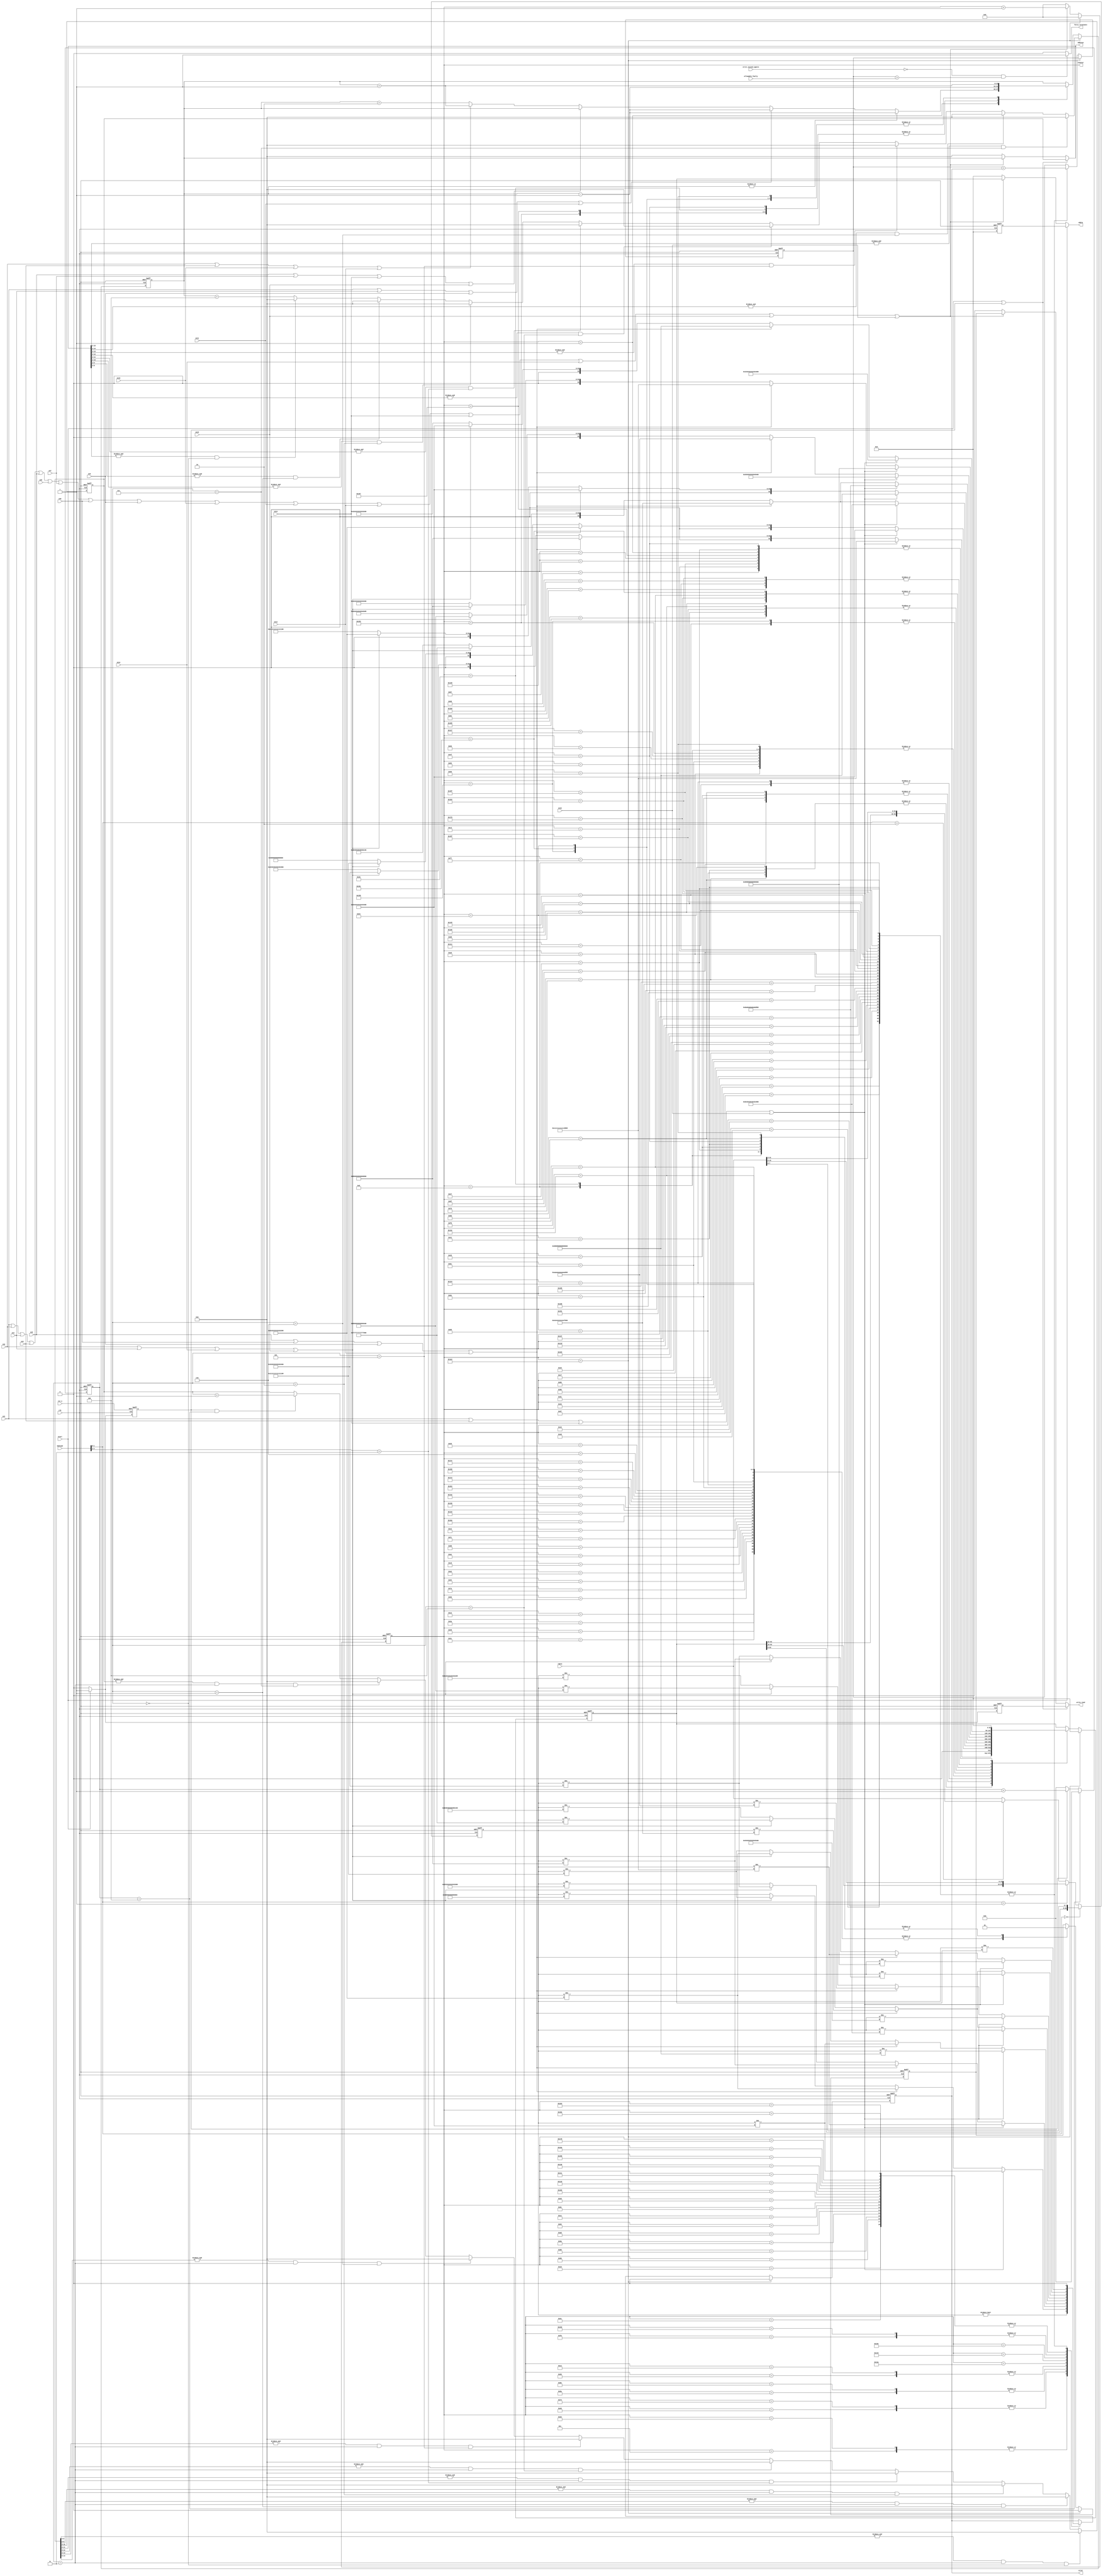
//`timescale 1ns/1ps
module apnpsf_datapath (clk,
                        rst_n,
                        start,
                        en1,
                        en2,
                        en3,
                        en4,
                        en5,
                        en6,
                        en7,
                        en8,
                        en9,
                        en10,
                        en11,
                        en12,
                        en13,
                        en14,
                        en15,
                        en16,
                        error_exceed_ignore,
                        allowable_faulty, 
                        address,				
                        write_read,
                        wdata,
                        rdata,
                        counter,
                        error,
                        force_terminate,
                        memtype);
// DEFINE PARAMETER 
parameter DATA_WIDTH = 64;

parameter ADDR_WIDTH_000= 9;
parameter ADDR_WIDTH_001= 10;
parameter ADDR_WIDTH_010= 11;
parameter ADDR_WIDTH_011= 12;
parameter ADDR_WIDTH_100= 13;
parameter ADDR_WIDTH_101= 14;
parameter ADDR_WIDTH_110= 15;
parameter ADDR_WIDTH = 16; // parameter ADDR_WDITH_111 = 16;

// DEFINE DATA
parameter DATA_0 = 64'h0000000000000000;
parameter DATA_1 = 64'hFFFFFFFFFFFFFFFF;

input clk,
      rst_n,
      start,
      en1,
      en2,
      en3,
      en4,
      en5,
      en6,
      en7,
      en8,
      en9,
      en10,
      en11,
      en12,
      en13,
      en14,
      en15,
      en16,
      error_exceed_ignore;
input [ADDR_WIDTH-1:0] allowable_faulty;
input [DATA_WIDTH-1:0] rdata;
input [4:0] memtype;

	  
output write_read;
output error;
output force_terminate;
output [ADDR_WIDTH-1:0] address;
output [DATA_WIDTH-1:0] wdata;
output [8:0] counter;

wire clk;
wire rst_n;
wire error_exceed_ignore;
wire write_read;
wire force_terminate;
wire start, en1, en2, en3, en4, en5, en6, en7, en8, en9, en10, en11, en12, en13, en14, en15, en16;
wire [ADDR_WIDTH-1:0] allowable_faulty;
wire [ADDR_WIDTH-1:0] address;                  			
wire [DATA_WIDTH-1:0] wdata;
wire [DATA_WIDTH-1:0] rdata;     
wire [4:0]memtype;


reg error,
    write_read_1,
    write_read_2,
    delay_start;
reg [8:0] counter;
reg [ADDR_WIDTH-1:0] address_1;
reg [ADDR_WIDTH-1:0] address_2;
reg [DATA_WIDTH-1:0] wdata_1;
reg [DATA_WIDTH-1:0] wdata_2;
reg [ADDR_WIDTH-1:0] error_counter;
reg [DATA_WIDTH-1:0] rdata_cp;

reg [7:0] counter_1;

// counter
always @(posedge clk or negedge rst_n) begin
    if (!rst_n) begin
        counter <= 0;
    end
    else if (counter == 9'h1A4) begin
        counter <= 0;
    end
    else if (en1 | en2 | en3 | en4 | en5 | en6 | en7 | en8 | en9 | en10 | en11 | en12 | en13 | en14 | en15 | en16) begin
        counter <= counter + 1;
    end
    else begin
        counter <= 0;
    end
end
//counter_1
always @(posedge clk or negedge rst_n) begin
    if (!rst_n) begin
        counter_1 <= 0;
    end
    else if (counter_1 ==4) begin
        counter_1 <= 0;
    end
    else if (delay_start) begin
        counter_1 <= counter_1 + 1;
    end
    else begin
        counter_1 <= 0;
    end
end
//-------------------------MEMORY PROCESSING---------------------------------
//---PROCESSING FOR EXPANDING DATA WIDTH---------
always @ (posedge clk or negedge rst_n) begin
    if (!rst_n) begin
        rdata_cp <= 0;
    end
    else begin
        if (memtype[1:0] == 2'b00) begin
            rdata_cp <= {wdata_2[DATA_WIDTH-1:8],rdata[7:0]};
        end
        else if (memtype[1:0]== 2'b01) begin
            rdata_cp <= {wdata_2[DATA_WIDTH-1:16],rdata[15:0]};
        end
        else if (memtype[1:0] == 2'b10) begin
            rdata_cp <= {wdata_2[DATA_WIDTH-1:32],rdata[31:0]};
        end
        else begin
            rdata_cp <= rdata;
        end
    end
end
//------------------------------------------------------------------------------

assign address = (start|delay_start) ? address_1 : (en1 | en2 | en3 | en4 | en5 | en6 | en7 | en8 | en9 | en10 | en11 | en12 | en13 | en14 | en15 | en16) ? address_2 : 16'h00;
assign wdata = (start) ? wdata_1 : (en1 | en2 | en3 | en4 | en5 | en6 | en7 | en8 | en9 | en10 | en11 | en12 | en13 | en14 | en15 | en16) ? wdata_2 : DATA_0;
assign write_read = (start|delay_start) ? write_read_1 : (en1 | en2 | en3 | en4 | en5 | en6 | en7 | en8 | en9 | en10 | en11 | en12 | en13 | en14 | en15 | en16) ? write_read_2 : 1'b0;

// delay_start
always @(posedge clk or negedge rst_n) begin
    if (!rst_n) begin
        delay_start <= 0;
    end
    else if (start) begin
        delay_start <= start;
    end
    else begin
        delay_start <= 0;
    end
end

// data_1
always @(posedge clk or negedge rst_n) begin
    if (!rst_n) begin
        wdata_1 <= 0;
        write_read_1 <= 0;
    end
    else if (start) begin
        write_read_1 <= 1;
        wdata_1 <= 0;
    end
    else begin
        wdata_1 <= 0;
        write_read_1 <= 0;
    end
end

// address_1
always @(posedge clk or negedge rst_n) begin
    if (!rst_n) begin
        address_1 <= 0;
    end
    else if ((&address_1[ADDR_WIDTH_000-1:0]) & (counter_1 == 3) & (memtype[4:2] == 3'b000) ) begin
        address_1 <= 0;
    end
    else if ((&address_1[ADDR_WIDTH_001-1:0]) & (counter_1 == 3) & (memtype[4:2] == 3'b001) ) begin
        address_1 <= 0;
    end
    else if ((&address_1[ADDR_WIDTH_010-1:0]) & (counter_1 == 3) & (memtype[4:2] == 3'b010) ) begin
        address_1 <= 0;
    end
    else if ((&address_1[ADDR_WIDTH_011-1:0]) & (counter_1 == 3) & (memtype[4:2] == 3'b011) ) begin
        address_1 <= 0;
    end
    else if ((&address_1[ADDR_WIDTH_100-1:0]) & (counter_1 == 3) & (memtype[4:2] == 3'b100) ) begin
        address_1 <= 0;
    end
    else if ((&address_1[ADDR_WIDTH_101-1:0]) & (counter_1 == 3) & (memtype[4:2] == 3'b101) ) begin
        address_1 <= 0;
    end
    else if ((&address_1[ADDR_WIDTH_110-1:0]) & (counter_1 == 3) & (memtype[4:2] == 3'b110) ) begin
        address_1 <= 0;
    end
    else if ((&address_1[ADDR_WIDTH-1:0]) & (counter_1 == 3) & (memtype[4:2] == 3'b111) ) begin
        address_1 <= 0;
    end
    else if (delay_start & (counter_1 == 4)) begin
        address_1 <= address_1 + 1;
    end
    else begin
        address_1 <= address_1;
    end
end

// data_2 &  address_2     
always @(posedge clk or negedge rst_n) begin
    if (!rst_n) begin
        address_2 <= 0;
        wdata_2 <= 0;
        write_read_2 <= 0;
        error <= 0;
        error_counter <= 0;
    end
    else if (counter == 9'h1A4) begin
        wdata_2 <= 0;
        write_read_2 <= 0;
        error <= 0; 
        if (&address[ADDR_WIDTH-1:2] & (memtype[4:2] == 3'b111)) begin
            address_2 <= 0;
        end
        else if (&address[ADDR_WIDTH_110-1:2] & (memtype[4:2] == 3'b110)) begin
            address_2 <= 0;
        end 
        else if (&address[ADDR_WIDTH_101-1:2] & (memtype[4:2] == 3'b101)) begin
            address_2 <= 0;
        end 
        else if (&address[ADDR_WIDTH_100-1:2] & (memtype[4:2] == 3'b100)) begin
            address_2 <= 0;
        end 
        else if (&address[ADDR_WIDTH_011-1:2] & (memtype[4:2] == 3'b011)) begin
            address_2 <= 0;
        end 
        else if (&address[ADDR_WIDTH_010-1:2] & (memtype[4:2] == 3'b010)) begin
            address_2 <= 0;
        end 
        else if (&address[ADDR_WIDTH_001-1:2] & (memtype[4:2] == 3'b001)) begin
            address_2 <= 0;
        end 
        else if (&address[ADDR_WIDTH_000-1:2] & (memtype[4:2] == 3'b000)) begin
            address_2 <= 0;
        end 
        else begin   
            address_2 <= address_2 + 4;
        end
    end
    else begin
    case (counter)

//0000
    9'h001: begin // write data with address
        write_read_2 <= 1;
        wdata_2 <= DATA_0;
        if (~|address_2) begin
            if (en1 | en3 | en9 | en11) begin
                address_2 <= address_2 - 1;
            end
            else if (en5 | en7 | en13 | en15) begin
                address_2 <= address_2;
            end
            else if (en2 | en4 | en10 | en12) begin
                address_2 <= address_2 + 1;
            end
            else begin
                address_2 <= address_2 + 2;
            end
        end
        else begin
            address_2 <= address_2 - 1;
        end
    end
    9'h006: begin //read data with address
        address_2 <= address_2 + 1;
        write_read_2 <= 0;
    end
    9'h00C: begin //compare
        error <= (rdata_cp !=  DATA_0);
    end

    9'h00D: begin // write data
        error_counter <= error_counter + error;
        error <= 0;
        write_read_2 <= 1;
        if (en1 | en4 | en13 | en16) begin
            wdata_2 <= 64'h8888888888888888;
        end
        else if (en5 | en8 | en9 | en12) begin
            wdata_2 <= 64'h4444444444444444;
        end
        else if (en2 | en3 | en14 | en15) begin
            wdata_2 <= 64'h2222222222222222;
        end
        else begin
            wdata_2 <= 64'h1111111111111111;
        end
    end

    9'h012: begin // read data
        write_read_2 <= 0;
    end

    9'h018: begin // compare
        error <= (rdata_cp != wdata_2);
    end

    9'h019: begin
        error_counter <= error_counter + error;
		    error <= 0;
    end

//0001
    9'h01B: begin
        write_read_2 <= 1;
        address_2 <= address_2 - 1;
        if (en1 | en4 | en13 | en16) begin
            wdata_2 <= 64'h8888888888888888;
        end
        else if (en5 | en8 | en9 | en12) begin
            wdata_2 <= 64'h4444444444444444;
        end
        else if (en2 | en3 | en14 | en15) begin
            wdata_2 <= 64'h2222222222222222;
        end
        else begin
            wdata_2 <= 64'h1111111111111111;
        end
    end

    9'h020: begin
        address_2 <= address_2 + 1;
        write_read_2 <= 0;
    end

    9'h026: begin
        if (en1 | en4 | en13 | en16) begin
            error <= (rdata_cp != 64'h8888888888888888);
        end
        else if (en5 | en8 | en9 | en12) begin
            error <= (rdata_cp != 64'h4444444444444444);
        end
        else if (en2 | en3 | en14 | en15) begin
            error <= (rdata_cp != 64'h2222222222222222);
        end
        else begin
            error <= (rdata_cp != 64'h1111111111111111);
        end
    end

    9'h027: begin 
        error_counter <= error_counter + error;
        error <= 0;
        write_read_2 <= 1;
        wdata_2 <= DATA_0;
    end

    9'h02C: begin
        write_read_2 <= 0;
    end

    9'h032: begin
        error <= (rdata_cp != DATA_0);
    end

    9'h033: begin
        error_counter <= error_counter + error;
        error <= 0;
    end      

//0011
    9'h035: begin
        write_read_2 <= 1;
        if (en1 | en4 | en13 | en16) begin
            wdata_2 <= 64'h4444444444444444;
        end
        else if (en5 | en8 | en9 | en12) begin
            wdata_2 <= 64'h2222222222222222;
        end
        else if (en2 | en3 | en14 | en15) begin
            wdata_2 <= 64'h1111111111111111;
        end
        else begin
            wdata_2 <= 64'h0808080808080808;
        end
    end

    9'h03A: begin
        write_read_2 <= 0;
    end

    9'h040: begin
        if (en1 | en4 | en13 | en16) begin
            error <= (rdata_cp != 64'h4444444444444444);
        end
        else if (en5 | en8 | en9 | en12) begin
            error <= (rdata_cp != 64'h2222222222222222);
        end
        else if (en2 | en3 | en14 | en15) begin
            error <= (rdata_cp != 64'h1111111111111111);
        end
        else begin
            error <= (rdata_cp != 64'h0808080808080808);
        end
    end

    9'h041: begin 
        error_counter <= error_counter + error;
        error <= 0;
        write_read_2 <= 1;
        if (en1 | en4 | en13 | en16) begin
            wdata_2 <= 64'hCCCCCCCCCCCCCCCC;
        end
        else if (en5 | en8 | en9 | en12) begin
            wdata_2 <= 64'h6666666666666666;
        end
        else if (en2 | en3 | en14 | en15) begin
            wdata_2 <= 64'h3333333333333333;
        end
        else begin
            wdata_2 <= 64'h1818181818181818;
        end
    end

    9'h046: begin
        write_read_2 <= 0;
    end

    9'h04C: begin
        error <= (rdata_cp != wdata_2);
    end

    9'h04D: begin
        error_counter <= error_counter + error;
        error <= 0;
    end

//0010
    9'h04F: begin // write
        write_read_2 <= 1;
        address_2 <= address_2 - 1;
        wdata_2 <= DATA_0;
    end

    9'h054: begin //read
        write_read_2 <= 0;
        address_2 <= address_2 + 1;

        if (en1 | en4 | en13 | en16) begin
            wdata_2 <= 64'hCCCCCCCCCCCCCCCC;
        end
        else if (en5 | en8 | en9 | en12) begin
            wdata_2 <= 64'h6666666666666666;
        end
        else if (en2 | en3 | en14 | en15) begin
            wdata_2 <= (64'h3333333333333333);
        end
        else begin
            wdata_2 <= (64'h1818181818181818);
        end

    end

    9'h05A: begin // compare
        if (en1 | en4 | en13 | en16) begin
            error <= (rdata_cp != 64'hCCCCCCCCCCCCCCCC);
        end
        else if (en5 | en8 | en9 | en12) begin
            error <= (rdata_cp != 64'h6666666666666666);
        end
        else if (en2 | en3 | en14 | en15) begin
            error <= (rdata_cp != 64'h3333333333333333);
        end
        else begin
            error <= (rdata_cp != 64'h1818181818181818);
        end
    end

    9'h05B: begin // write
        error_counter <= error_counter + error;
        error <= 0;
        write_read_2 <= 1;
        if (en1 | en4 | en13 | en16) begin
            wdata_2 <= 64'h4444444444444444;
        end
        else if (en5 | en8 | en9 | en12) begin
            wdata_2 <= 64'h2222222222222222;
        end
        else if (en2 | en3 | en14 | en15) begin
            wdata_2 <= 64'h1111111111111111;
        end
        else begin
            wdata_2 <= 64'h0808080808080808;
        end
    end 

    9'h060: begin // read
        write_read_2 <= 0;
    end

    9'h066: begin // compare
        error <= (rdata_cp != wdata_2);
    end

    9'h067: begin
        error_counter <= error_counter + error;
        error <= 0;
    end

//0110
    9'h069: begin // write
        write_read_2 <= 1;
        address_2 <= address_2 + 1;
        if (en1 | en4 | en13 | en16) begin
            wdata_2 <= 64'h8888888888888888;
        end
        else if (en5 | en8 | en9 | en12) begin
            wdata_2 <= 64'h4444444444444444;
        end
        else if (en2 | en3 | en14 | en15) begin
            wdata_2 <= 64'h2222222222222222;
        end
        else begin
            wdata_2 <= 64'h1111111111111111;
        end
    end

    9'h06E: begin // read
        write_read_2 <= 0;
        address_2 <= address_2 - 1;

        if (en1 | en4 | en13 | en16) begin
            wdata_2 <= (64'h4444444444444444);
        end
        else if (en5 | en8 | en9 | en12) begin
            wdata_2 <= (64'h2222222222222222);
        end
        else if (en2 | en3 | en14 | en15) begin
            wdata_2 <= (64'h1111111111111111);
        end
        else begin
            wdata_2 <= (64'h0808080808080808);
        end


    end

    9'h074: begin // compare
        if (en1 | en4 | en13 | en16) begin
            error <= (rdata_cp != 64'h4444444444444444);
        end
        else if (en5 | en8 | en9 | en12) begin
            error <= (rdata_cp != 64'h2222222222222222);
        end
        else if (en2 | en3 | en14 | en15) begin
            error <= (rdata_cp != 64'h1111111111111111);
        end
        else begin
            error <= (rdata_cp != 64'h0808080808080808);
        end
    end

    9'h075: begin // write
        error_counter <= error_counter + error;
        error <= 0;
        write_read_2 <= 1;
        if (en1 | en4 | en13 | en16) begin
            wdata_2 <= 64'hCCCCCCCCCCCCCCCC;
        end
        else if (en5 | en8 | en9 | en12) begin
            wdata_2 <= 64'h6666666666666666;
        end
        else if (en2 | en3 | en14 | en15) begin
            wdata_2 <= 64'h3333333333333333;
        end
        else begin
            wdata_2 <= 64'h1818181818181818;
        end
    end

    9'h07A: begin // read
        write_read_2 <= 0;
    end

    9'h080: begin // compare
        error <= (rdata_cp != wdata_2);
    end

    9'h081: begin
        error_counter <= error_counter + error;
        error <= 0;
    end

//0111
    9'h083: begin // write
        write_read_2 <= 1;
        address_2 <= address_2 - 1;
        if (en1 | en4 | en13 | en16) begin
            wdata_2 <= 64'h8888888888888888;
        end
        else if (en5 | en8 | en9 | en12) begin
            wdata_2 <= 64'h4444444444444444;
        end
        else if (en2 | en3 | en14 | en15) begin
            wdata_2 <= 64'h2222222222222222;
        end
        else begin
            wdata_2 <= 64'h1111111111111111;
        end
    end

    9'h088: begin // read
        write_read_2 <= 0;
        address_2 <= address_2 + 1; 
   
        if (en1 | en4 | en13 | en16) begin
            wdata_2 <= (64'hCCCCCCCCCCCCCCCC);
        end
        else if (en5 | en8 | en9 | en12) begin
            wdata_2 <= (64'h6666666666666666);
        end
        else if (en2 | en3 | en14 | en15) begin
            wdata_2 <= (64'h3333333333333333);
        end
        else begin
            wdata_2 <= (64'h1818181818181818);
        end
 
    end

    9'h08E: begin // compare
        if (en1 | en4 | en13 | en16) begin
            error <= (rdata_cp != 64'hCCCCCCCCCCCCCCCC);
        end
        else if (en5 | en8 | en9 | en12) begin
            error <= (rdata_cp != 64'h6666666666666666);
        end
        else if (en2 | en3 | en14 | en15) begin
            error <= (rdata_cp != 64'h3333333333333333);
        end
        else begin
            error <= (rdata_cp != 64'h1818181818181818);
        end
    end

    9'h08F: begin //  write
        error_counter <= error_counter + error;
        error <= 0;
        write_read_2 <= 1;
        if (en1 | en4 | en13 | en16) begin
            wdata_2 <= 64'h4444444444444444;
        end
        else if (en5 | en8 | en9 | en12) begin
            wdata_2 <= 64'h2222222222222222;
        end
        else if (en2 | en3 | en14 | en15) begin
            wdata_2 <= 64'h1111111111111111;
        end
        else begin
            wdata_2 <= 64'h0808080808080808;
        end	
    end 

    9'h094: begin
        write_read_2 <= 0;
    end

    9'h09A: begin
        error <= (rdata_cp != wdata_2);
    end

    9'h09B: begin
        error_counter <= error_counter + error;
        error <= 0;
    end

//0101
    9'h09D: begin
        write_read_2 <= 1;
        wdata_2 <= DATA_0;
    end

    9'h0A2: begin
        write_read_2 <= 0;
    end

    9'h0A8: begin
        error <= (rdata_cp != wdata_2);
    end

    9'h0A9: begin 
        error_counter <= error_counter + error;
        error <= 0;
        write_read_2 <= 1;
        if (en1 | en4 | en13 | en16) begin
            wdata_2 <= 64'h8888888888888888;
        end
        else if (en5 | en8 | en9 | en12) begin
            wdata_2 <= 64'h4444444444444444;
        end
        else if (en2 | en3 | en14 | en15) begin
            wdata_2 <= 64'h2222222222222222;
        end
        else begin
            wdata_2 <= 64'h1111111111111111;
        end
    end

    9'h0AE: begin
        write_read_2 <= 0;
    end

    9'h0B4: begin
        error <= (rdata_cp != wdata_2);
    end

    9'h0B5: begin
        error_counter <= error_counter + error;
        error <= 0;
    end

//0100
    9'h0B7: begin
        write_read_2 <= 1;
        address_2 <= address_2 - 1;
        wdata_2 <= DATA_0;
    end

    9'h0BC: begin
        write_read_2 <= 0;
        address_2 <= address_2 + 1;
    
        if (en1 | en4 | en13 | en16) begin
            wdata_2 <= ( 64'h8888888888888888);
        end
        else if (en5 | en8 | en9 | en12) begin
            wdata_2 <= ( 64'h4444444444444444);
        end
        else if (en2 | en3 | en14 | en15) begin
            wdata_2 <= ( 64'h2222222222222222);
        end
        else begin
            wdata_2 <= ( 64'h1111111111111111);
        end

    end

    9'h0C2: begin
        if (en1 | en4 | en13 | en16) begin
            error <= (rdata_cp != 64'h8888888888888888);
        end
        else if (en5 | en8 | en9 | en12) begin
            error <= (rdata_cp != 64'h4444444444444444);
        end
        else if (en2 | en3 | en14 | en15) begin
            error <= (rdata_cp != 64'h2222222222222222);
        end
        else begin
            error <= (rdata_cp != 64'h1111111111111111);
        end
    end

    9'h0C3: begin 
        error_counter <= error_counter + error;
        error <= 0;
        write_read_2 <= 1;
        wdata_2 <= DATA_0;
    end

    9'h0C8: begin
        write_read_2 <= 0;
    end

    9'h0CE: begin
        error <= (rdata_cp != wdata_2);
    end

    9'h0CF: begin
        error_counter <= error_counter + error;
        error <= 0;
    end

//1100
    9'h0D1: begin
        write_read_2 <= 1;
        if (en1 | en4 | en13 | en16) begin
            wdata_2 <= 64'h1010101010101010;
        end
        else if (en5 | en8 | en9 | en12) begin
            wdata_2 <= 64'h8888888888888888;
        end
        else if (en2 | en3 | en14 | en15) begin
            wdata_2 <= 64'h4444444444444444;
        end
        else begin
            wdata_2 <= 64'h2222222222222222;
        end
    end

    9'h0D6: begin
        write_read_2 <= 0;
    end

    9'h0DC: begin
        error <= (rdata_cp != wdata_2);    
    end

    9'h0DD: begin
        error_counter <= error_counter + error;
        error <= 0;
        write_read_2 <= 1;
        if (en1 | en4 | en13 | en16) begin
            wdata_2 <= 64'h9898989898989898;
        end
        else if (en5 | en8 | en9 | en12) begin
            wdata_2 <= 64'hCCCCCCCCCCCCCCCC;
        end
        else if (en2 | en3 | en14 | en15) begin
            wdata_2 <= 64'h6666666666666666;
        end
        else begin
            wdata_2 <= 64'h3333333333333333;
        end
    end

    9'h0E2: begin
        write_read_2 <= 0;
    end

    9'h0E8: begin
        error <= (rdata_cp != wdata_2);
    end

    9'h0E9: begin
        error_counter <= error_counter + error;
        error <= 0;
    end

//1101
    9'h0EB: begin
        write_read_2 <= 1;
        address_2 <= address_2 - 1;
        if (en1 | en4 | en13 | en16) begin
            wdata_2 <= 64'h8888888888888888;
        end
        else if (en5 | en8 | en9 | en12) begin
            wdata_2 <= 64'h4444444444444444;
        end
        else if (en2 | en3 | en14 | en15) begin
            wdata_2 <= 64'h2222222222222222;
        end
        else begin
            wdata_2 <= 64'h1111111111111111;
        end
    end

    9'h0F0: begin
        write_read_2 <= 0;
        address_2 <= address_2 + 1;

        if (en1 | en4 | en13 | en16) begin
            wdata_2 <= ( 64'h9898989898989898);
        end
        else if (en5 | en8 | en9 | en12) begin
            wdata_2 <= ( 64'hCCCCCCCCCCCCCCCC);
        end
        else if (en2 | en3 | en14 | en15) begin
            wdata_2 <= ( 64'h6666666666666666);
        end
        else begin
            wdata_2 <= ( 64'h3333333333333333);
        end   

    end

    9'h0F6: begin
        if (en1 | en4 | en13 | en16) begin
            error <= (rdata_cp != 64'h9898989898989898);
        end
        else if (en5 | en8 | en9 | en12) begin
            error <= (rdata_cp != 64'hCCCCCCCCCCCCCCCC);
        end
        else if (en2 | en3 | en14 | en15) begin
            error <= (rdata_cp != 64'h6666666666666666);
        end
        else begin
            error <= (rdata_cp != 64'h3333333333333333);
        end   
    end

    9'h0F7: begin 
        error_counter <= error_counter + error;
        error <= 0;
        write_read_2 <= 1;
        if (en1 | en4 | en13 | en16) begin
            wdata_2 <= 64'h1010101010101010;
        end
        else if (en5 | en8 | en9 | en12) begin
            wdata_2 <= 64'h8888888888888888;
        end
        else if (en2 | en3 | en14 | en15) begin
            wdata_2 <= 64'h4444444444444444;
        end
        else begin
            wdata_2 <= 64'h2222222222222222;
        end
    end

    9'h0FC: begin
        write_read_2 <= 0;
    end

    9'h102: begin
        error <= (rdata_cp != wdata_2);
    end

    9'h103: begin
        error_counter <= error_counter + error;
        error <= 0;
    end

//1111
    9'h105: begin
        write_read_2 <= 1;
        if (en1 | en4 | en13 | en16) begin
            wdata_2 <= 64'h5454545454545454;
        end
        else if (en5 | en8 | en9 | en12) begin
            wdata_2 <= 64'hAAAAAAAAAAAAAAAA;
        end
        else if (en2 | en3 | en14 | en15) begin
            wdata_2 <= 64'h5555555555555555;
        end
        else begin
            wdata_2 <= 64'h2A2A2A2A2A2A2A2A;
        end
    end

    9'h10A: begin
        write_read_2 <= 0;
    end

    9'h110: begin
        error <= (rdata_cp != wdata_2);  
    end

    9'h111: begin 
        error_counter <= error_counter + error;
        error <= 0;
        write_read_2 <= 1;
        if (en1 | en4 | en13 | en16) begin
            wdata_2 <= 64'hDCDCDCDCDCDCDCDC;
        end
        else if (en5 | en8 | en9 | en12) begin
            wdata_2 <= 64'hEEEEEEEEEEEEEEEE;
        end
        else if (en2 | en3 | en14 | en15) begin
            wdata_2 <= 64'h7777777777777777;
        end
        else begin
            wdata_2 <= 64'h3B3B3B3B3B3B3B3B;
        end
    end

    9'h116: begin
        write_read_2 <= 0;
    end

    9'h11C: begin
        error <= (rdata_cp != wdata_2);
    end

    9'h11D: begin
        error_counter <= error_counter + error;
        error <= 0;
    end

//1110
    9'h11F: begin
        write_read_2 <= 1;
        address_2 <= address_2 - 1;
        if (en1 | en4 | en13 | en16) begin
            wdata_2 <= 64'h8888888888888888;
        end
        else if (en5 | en8 | en9 | en12) begin
            wdata_2 <= 64'h4444444444444444;
        end
        else if (en2 | en3 | en14 | en15) begin
            wdata_2 <= 64'h2222222222222222;
        end
        else begin
            wdata_2 <= 64'h1111111111111111;
        end
    end

    9'h124: begin
        write_read_2 <= 0;
        address_2 <= address_2 + 1;


        if (en1 | en4 | en13 | en16) begin
            wdata_2 <= ( 64'hDCDCDCDCDCDCDCDC);
        end
        else if (en5 | en8 | en9 | en12) begin
            wdata_2 <= ( 64'hEEEEEEEEEEEEEEEE);
        end
        else if (en2 | en3 | en14 | en15) begin
            wdata_2 <= ( 64'h7777777777777777);
        end
        else begin
            wdata_2 <= ( 64'h3B3B3B3B3B3B3B3B);
        end    

    end

    9'h12A: begin
        if (en1 | en4 | en13 | en16) begin
            error <= (rdata_cp != 64'hDCDCDCDCDCDCDCDC);
        end
        else if (en5 | en8 | en9 | en12) begin
            error <= (rdata_cp != 64'hEEEEEEEEEEEEEEEE);
        end
        else if (en2 | en3 | en14 | en15) begin
            error <= (rdata_cp != 64'h7777777777777777);
        end
        else begin
            error <= (rdata_cp != 64'h3B3B3B3B3B3B3B3B);
        end    
    end

    9'h12B: begin 
        error_counter <= error_counter + error;
        error <= 0;
        write_read_2 <= 1;
        if (en1 | en4 | en13 | en16) begin
            wdata_2 <= 64'h5454545454545454;
        end
        else if (en5 | en8 | en9 | en12) begin
            wdata_2 <= 64'hAAAAAAAAAAAAAAAA;
        end
        else if (en2 | en3 | en14 | en15) begin
            wdata_2 <= 64'h5555555555555555;
        end
        else begin
            wdata_2 <= 64'h2A2A2A2A2A2A2A2A;
        end
    end

    9'h130: begin
        write_read_2 <= 0;
    end

    9'h136: begin
        error <= (rdata_cp != wdata_2);
    end

    9'h137: begin
        error_counter <= error_counter + error;
        error <= 0;
    end

//1010
    9'h139: begin
        write_read_2 <= 1;
        address_2 <= address_2 + 1;
        wdata_2 <= DATA_0;
    end

    9'h13E: begin
        write_read_2 <= 0;
        address_2 <= address_2 - 1;

        if (en1 | en4 | en13 | en16) begin
            wdata_2 <= ( 64'h5454545454545454);
        end
        else if (en5 | en8 | en9 | en12) begin
            wdata_2 <= ( 64'hAAAAAAAAAAAAAAAA);
        end
        else if (en2 | en3 | en14 | en15) begin
            wdata_2 <= ( 64'h5555555555555555);
        end
        else begin
            wdata_2 <= ( 64'h2A2A2A2A2A2A2A2A);
        end    

    end

    9'h144: begin
        if (en1 | en4 | en13 | en16) begin
            error <= (rdata_cp != 64'h5454545454545454);
        end
        else if (en5 | en8 | en9 | en12) begin
            error <= (rdata_cp != 64'hAAAAAAAAAAAAAAAA);
        end
        else if (en2 | en3 | en14 | en15) begin
            error <= (rdata_cp != 64'h5555555555555555);
        end
        else begin
            error <= (rdata_cp != 64'h2A2A2A2A2A2A2A2A);
        end    
    end

    9'h145: begin 
        error_counter <= error_counter + error;
        error <= 0;
        write_read_2 <= 1;
        if (en1 | en4 | en13 | en16) begin
            wdata_2 <= 64'hDADADADADADADADA;
        end
        else if (en5 | en8 | en9 | en12) begin
            wdata_2 <= 64'hEEEEEEEEEEEEEEEE;
        end
        else if (en2 | en3 | en14 | en15) begin
            wdata_2 <= 64'h7777777777777777;
        end
        else begin
            wdata_2 <= 64'h3B3B3B3B3B3B3B3B;
        end
    end

    9'h14A: begin
        write_read_2 <= 0;
    end

    9'h150: begin
        error <= (rdata_cp != wdata_2);
    end

    9'h151: begin
        error_counter <= error_counter + error;
        error <= 0;
    end

//1011
    9'h153: begin
        write_read_2 <= 1;
        address_2 <= address_2 - 1;
        if (en1 | en4 | en13 | en16) begin
            wdata_2 <= 64'h8888888888888888;
        end
        else if (en5 | en8 | en9 | en12) begin
            wdata_2 <= 64'h4444444444444444;
        end
        else if (en2 | en3 | en14 | en15) begin
            wdata_2 <= 64'h2222222222222222;
        end
        else begin
            wdata_2 <= 64'h1111111111111111;
        end
    end

    9'h158: begin
        write_read_2 <= 0;
        address_2 <= address_2 + 1;
   
        if (en1 | en4 | en13 | en16) begin
            wdata_2 <= ( 64'hDADADADADADADADA);
        end
        else if (en5 | en8 | en9 | en12) begin
            wdata_2 <= ( 64'hEEEEEEEEEEEEEEEE);
        end
        else if (en2 | en3 | en14 | en15) begin
            wdata_2 <= ( 64'h7777777777777777);
        end
        else begin
            wdata_2 <= ( 64'h3B3B3B3B3B3B3B3B);
        end    

     end

    9'h15E: begin
        if (en1 | en4 | en13 | en16) begin
            error <= (rdata_cp != 64'hDADADADADADADADA);
        end
        else if (en5 | en8 | en9 | en12) begin
            error <= (rdata_cp != 64'hEEEEEEEEEEEEEEEE);
        end
        else if (en2 | en3 | en14 | en15) begin
            error <= (rdata_cp != 64'h7777777777777777);
        end
        else begin
            error <= (rdata_cp != 64'h3B3B3B3B3B3B3B3B);
        end    
    end

    9'h15F: begin 
        error_counter <= error_counter + error;
        error <= 0;
        write_read_2 <= 1;
        if (en1 | en4 | en13 | en16) begin
            wdata_2 <= 64'h5454545454545454;
        end
        else if (en5 | en8 | en9 | en12) begin
            wdata_2 <= 64'hAAAAAAAAAAAAAAAA;
        end
        else if (en2 | en3 | en14 | en15) begin
            wdata_2 <= 64'h5555555555555555;
        end
        else begin
            wdata_2 <= 64'h2A2A2A2A2A2A2A2A;
        end
    end

    9'h164: begin
        write_read_2 <= 0;
    end

    9'h16A: begin
        error <= (rdata_cp != wdata_2);
    end

    9'h16B: begin
        error_counter <= error_counter + error;
        error <= 0;
    end

//1001
    9'h16D: begin
        write_read_2 <= 1;
        if (en1 | en4 | en13 | en16) begin
            wdata_2 <= 64'h1010101010101010;
        end
        else if (en5 | en8 | en9 | en12) begin
            wdata_2 <= 64'h8888888888888888;
        end
        else if (en2 | en3 | en14 | en15) begin
            wdata_2 <= 64'h4444444444444444;
        end
        else begin
            wdata_2 <= 64'h2222222222222222;
        end
    end

    9'h172: begin
        write_read_2 <= 0;
    end

    9'h178: begin
        error <= (rdata_cp != wdata_2);  
    end

    9'h179: begin 
        error_counter <= error_counter + error;
        error <= 0;
        write_read_2 <= 1;
        if (en1 | en4 | en13 | en16) begin
            wdata_2 <= 64'h9898989898989898;
        end
        else if (en5 | en8 | en9 | en12) begin
            wdata_2 <= 64'hCCCCCCCCCCCCCCCC;
        end
        else if (en2 | en3 | en14 | en15) begin
            wdata_2 <= 64'h6666666666666666;
        end
        else begin
            wdata_2 <= 64'h3333333333333333;
        end
    end

    9'h17E: begin
        write_read_2 <= 0;
    end

    9'h184: begin
        error <= (rdata_cp != wdata_2);
    end

    9'h185: begin
        error_counter <= error_counter + error;
        error <= 0;
    end

//1000
    9'h187: begin
        write_read_2 <= 1;
        address_2 <= address_2 - 1;
        wdata_2 <= DATA_0;
    end

    9'h18C: begin
        write_read_2 <= 0;
        address_2 <= address_2  + 1;


        if (en1 | en4 | en13 | en16) begin
            wdata_2 <= ( 64'h9898989898989898);
        end
        else if (en5 | en8 | en9 | en12) begin
            wdata_2 <= ( 64'hCCCCCCCCCCCCCCCC);
        end
        else if (en2 | en3 | en14 | en15) begin
            wdata_2 <= ( 64'h6666666666666666);
        end
        else begin
            wdata_2 <= ( 64'h3333333333333333);
        end   

    end

    9'h192: begin
        if (en1 | en4 | en13 | en16) begin
            error <= (rdata_cp != 64'h9898989898989898);
        end
        else if (en5 | en8 | en9 | en12) begin
            error <= (rdata_cp != 64'hCCCCCCCCCCCCCCCC);
        end
        else if (en2 | en3 | en14 | en15) begin
            error <= (rdata_cp != 64'h6666666666666666);
        end
        else begin
            error <= (rdata_cp != 64'h3333333333333333);
        end   
    end

    9'h193: begin 
        error_counter <= error_counter + error;
        error <= 0;
        write_read_2 <= 1;
        if (en1 | en4 | en13 | en16) begin
            wdata_2 <= 64'h1010101010101010;
        end
        else if (en5 | en8 | en9 | en12) begin
            wdata_2 <= 64'h8888888888888888;
        end
        else if (en2 | en3 | en14 | en15) begin
            wdata_2 <= 64'h4444444444444444;
        end
        else begin
            wdata_2 <= 64'h2222222222222222;
        end
    end

    9'h198: begin
        write_read_2 <= 0;
    end

    9'h19E: begin
        error <= (rdata_cp != wdata_2);
    end

    9'h19F: begin
        error_counter <= error_counter + error;
        error <= 0;
        write_read_2 <= 1;
        wdata_2 <= DATA_0;
    end

    9'h1A4: begin
        write_read_2 <= 0;
    end
	
    endcase
    end
end

assign force_terminate = ((~error_exceed_ignore) & (error_counter > allowable_faulty)) ? 1'b1 : 1'b0;
   
endmodule